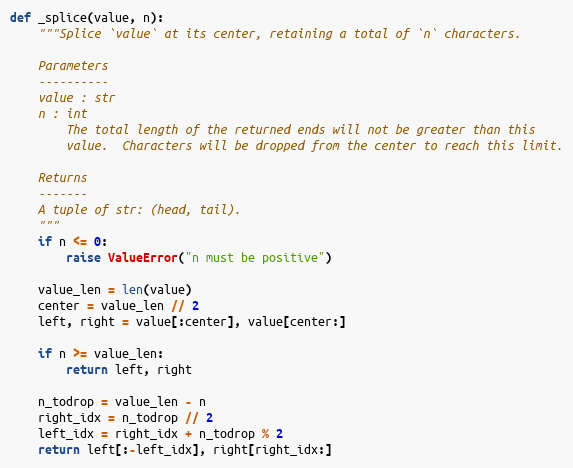
Language: Python
def _splice(value, n):
    """Splice `value` at its center, retaining a total of `n` characters.

    Parameters
    ----------
    value : str
    n : int
        The total length of the returned ends will not be greater than this
        value.  Characters will be dropped from the center to reach this limit.

    Returns
    -------
    A tuple of str: (head, tail).
    """
    if n <= 0:
        raise ValueError("n must be positive")

    value_len = len(value)
    center = value_len // 2
    left, right = value[:center], value[center:]

    if n >= value_len:
        return left, right

    n_todrop = value_len - n
    right_idx = n_todrop // 2
    left_idx = right_idx + n_todrop % 2
    return left[:-left_idx], right[right_idx:]